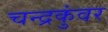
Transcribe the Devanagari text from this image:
चन्द्रकुंवर